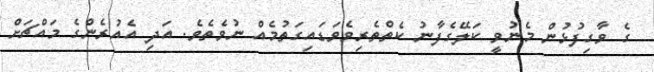
ގެ ވާގިފުޅުން މެނުވީ ކަލޭގެފާނު ކެތްތެރިވެވަޑައިގަތުމެއް ނުވެތެވެ. އަދި އެއުރެންގެ މައްޗަށް